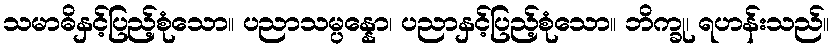
သမာဓိနှင့်ပြည့်စုံသော။ ပညာသမ္ပန္နော၊ ပညာနှင့်ပြည့်စုံသော။ ဘိက္ခု၊ ရဟန်းသည်။